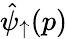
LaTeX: \hat{\psi}_{\uparrow}(p)